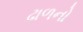
ઢાળનો